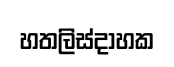
හතලිස්දාහක